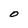
Character: O